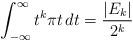
LaTeX: \begin{align*}\int_{-\infty}^{\infty} t^{k} \pi t \, dt = \frac{|E_{k}|}{2^{k}} \end{align*}